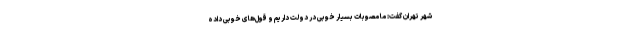
شهر تهران گفت: ما مصوبات بسیار خوبی در دولت داریم و قول‌های خوبی داده